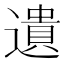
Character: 遺